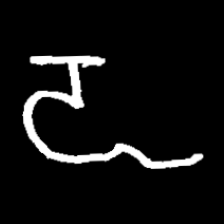
Pyu character \u2014 Myanmar letter: ဍ (romanized: dda)